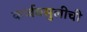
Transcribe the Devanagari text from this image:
कर्जवसुलीची